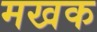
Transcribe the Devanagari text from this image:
मखक